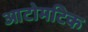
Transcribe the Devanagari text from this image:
आटोमटिक